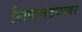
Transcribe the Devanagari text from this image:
शिष्टमंडळावर